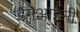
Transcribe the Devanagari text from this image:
डैमेआइनी